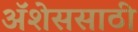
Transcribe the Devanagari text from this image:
ॲशेससाठी